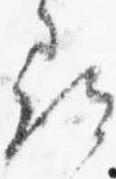
尋